Annual report of the Bengal Veterinary College, and of the Civil Veterinary Department, Bengal, for the year 1901-1902 - 1901-1902
Year: 1901
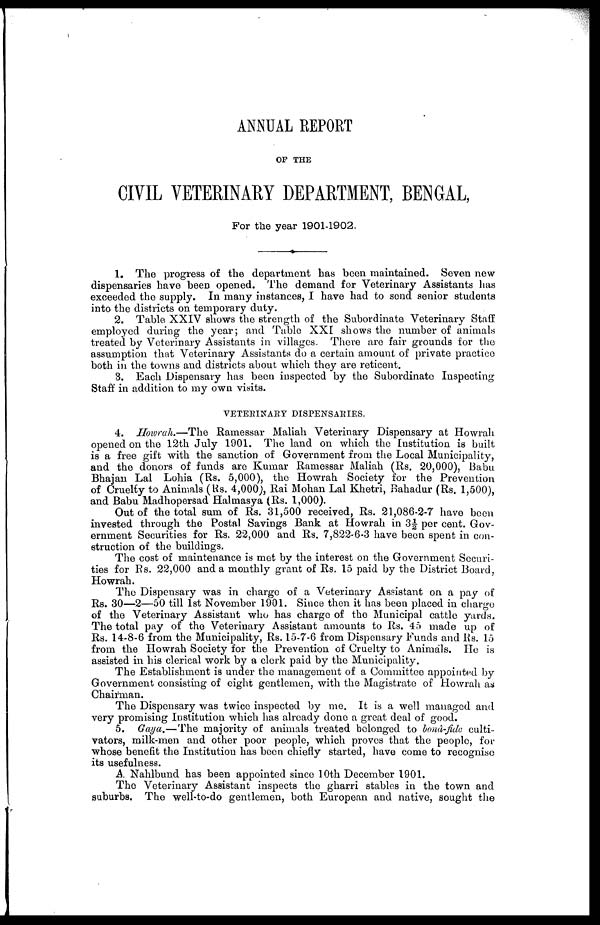
ANNUAL REPORT
OF THE
CIVIL VETERINARY DEPARTMENT, BENGAL,
For the year 1901-1902.
1. The progress of the department has been maintained. Seven new
dispensaries have been opened. The demand for Veterinary Assistants has
exceeded the supply. In many instances, I have had to send senior students
into the districts on temporary duty.
2. Table XXIV shows the strength of the Subordinate Veterinary Staff
employed during the year; and Table XXI shows the number of animals
treated by Veterinary Assistants in villages. There are fair grounds for the
assumption that Veterinary Assistants do a certain amount of private practice
both in the towns and districts about which they are reticent.
3. Each Dispensary has been inspected by the Subordinate Inspecting
Staff in addition to my own visits.
VETERINARY DISPENSARIES.
4. Howrah.—The Ramessar Maliah Veterinary Dispensary at Howrah
opened on the 12th July 1901. The land on which the Institution is built
is a free gift with the sanction of Government from the Local Municipality,
and the donors of funds are Kumar Ramessar Maliah (Rs. 20,000), Babu
Bhajan Lal Lohia (Rs. 5,000), the Howrah Society for the Prevention
of Cruelty to Animals (Rs. 4,000), Rai Mohan Lal Khetri, Bahadur (Rs. 1,500),
and Babu Madhopersad Halmasya (Rs. 1,000).
Out of the total sum of Rs. 31,500 received, Rs. 21,086-2-7 have been
invested through the Postal Savings Bank at Howrah in 3½ per cent. Gov-
ernment Securities for Rs. 22,000 and Rs. 7,822-6-3 have been spent in con-
struction of the buildings.
The cost of maintenance is met by the interest on the Government Securi-
ties for Rs. 22,000 and a monthly grant of Rs. 15 paid by the District Board,
Howrah.
The Dispensary was in charge of a Veterinary Assistant on a pay of
Rs. 30—2—50 till 1st November 1901. Since then it has been placed in charge
of the Veterinary Assistant who has charge of the Municipal cattle yards.
The total pay of the Veterinary Assistant amounts to Rs. 45 made up of
Rs. 14-8-6 from the Municipality, Rs. 15-7-6 from Dispensary Funds and Rs. 15
from the Howrah Society for the Prevention of Cruelty to Animals. He is
assisted in his clerical work by a clerk paid by the Municipality.
The Establishment is under the management of a Committee appointed by
Government consisting of eight gentlemen, with the Magistrate of Howrah as
Chairman.
The Dispensary was twice inspected by me. It is a well managed and
very promising Institution which has already done a great deal of good.
5. Gaya.—The majority of animals treated belonged to bonû-fide culti-
vators, milk-men and other poor people, which proves that the people, for
whose benefit the Institution has been chiefly started, have come to recognise
its usefulness.
A. Nahlbund has been appointed since 10th December 1901.
The Veterinary Assistant inspects the gharri stables in the town and
suburbs. The well-to-do gentlemen, both European and native, sought the